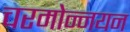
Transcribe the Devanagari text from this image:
चरमोन्नयन